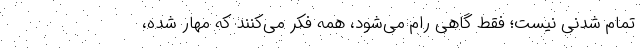
تمام شدنی نیست؛ فقط گاهی رام می‌شود، همه فکر می‌کنند که مهار شده،